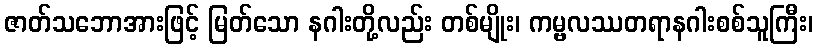
ဇာတ်သဘောအားဖြင့် မြတ်သော နဂါးတို့လည်း တစ်မျိုး၊ ကမ္ဗလဿတရာနဂါးစစ်သူကြီး၊